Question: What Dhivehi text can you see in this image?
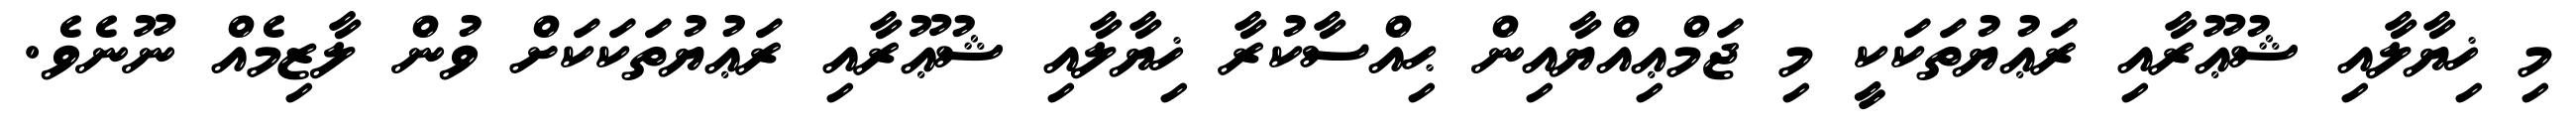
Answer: މި ޚިޔާލާއި ޝުޢޫރާއި ރަޢުޔުތަކަކީ މި ޖަމްޢިއްޔާއިން ޙިއްސާކުރާ ޚިޔާލާއި ޝުޢޫރާއި ރަޢުޔުތަކަކަށް ވުން ލާޒިމެއް ނޫނެވެ.